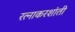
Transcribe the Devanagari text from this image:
रत्नाकरशांती